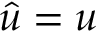
\hat { u } = u